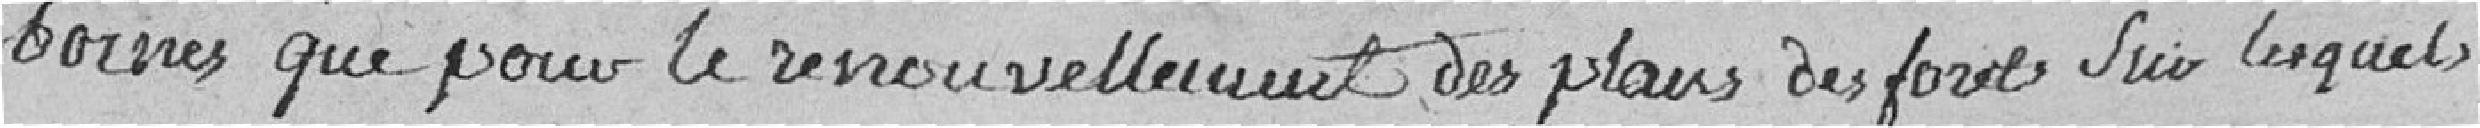
bornes que pour le renouvellement des plans des forêts sur lesquels